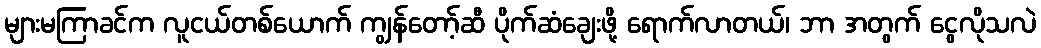
များမကြာခင်က လူငယ်တစ်ယောက် ကျွန်တော့်ဆီ ပိုက်ဆံချေးဖို့ ရောက်လာတယ်၊ ဘာ အတွက် ငွေလိုသလဲ